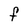
Character: F